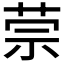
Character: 𰱈